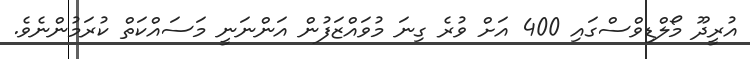
އުރީދޫ މޯލްޑިވްސްގައި 400 އަށް ވުރެ ގިނަ މުވައްޒަފުން އަންނަނީ މަސައްކަތް ކުރަމުންނެވެ.